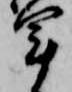
軍